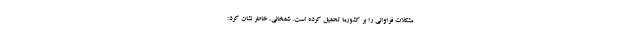
مشکلات فراوانی را بر کشورما تحمیل کرده است. شمخانی، خاطر نشان کرد: